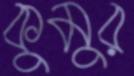
কুমুর